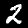
Label: 2